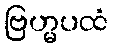
ဗြဟ္မပထံ